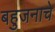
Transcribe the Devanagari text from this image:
बहुजनाचे